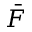
\bar { F }